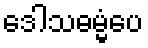
ဒေါသဓမ္မံပေ